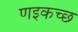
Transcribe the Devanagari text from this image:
णइकच्छ